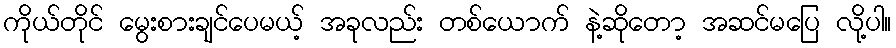
ကိုယ်တိုင် မွေးစားချင်ပေမယ့် အခုလည်း တစ်ယောက် နဲ့ဆိုတော့ အဆင်မပြေ လို့ပါ။